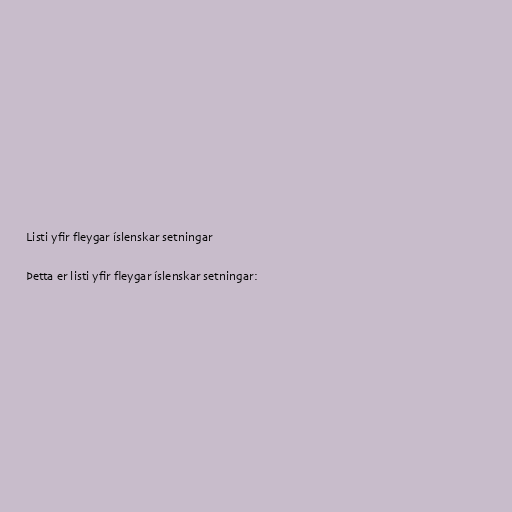
Listi yfir fleygar íslenskar setningar

Þetta er listi yfir fleygar íslenskar setningar: